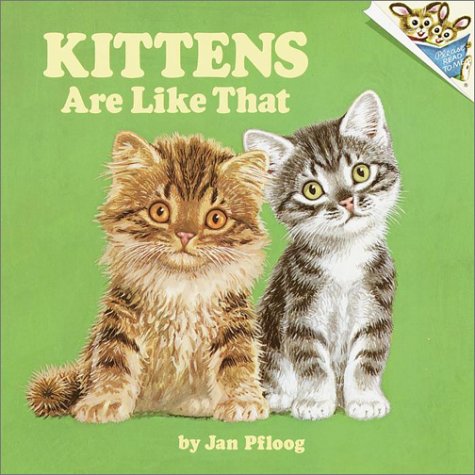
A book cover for Kittens Are Like That! (Pictureback(R)); Jan Pfloog; Children's Books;